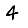
Digit: 4